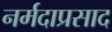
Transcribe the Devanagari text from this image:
नर्मदाप्रसाद